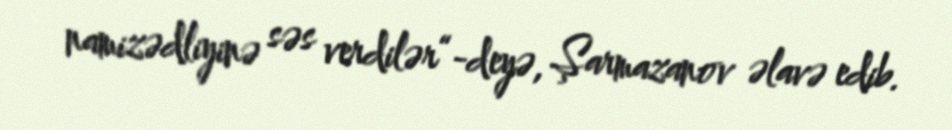
namizədliyinə səs verdilər“-deyə, Şarmazanov əlavə edib.